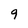
Character: 9